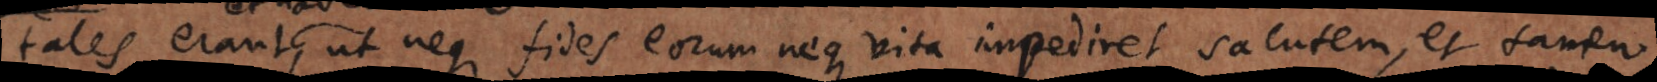
tales erant, ut neque fides eorum neque vita impediret salutem, et tamen